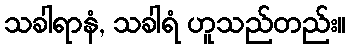
သခါရာနံ, သခါရံ ဟူသည်တည်း။